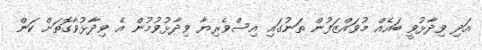
އަދި ވިދާޅުވީ ބައެއް މުވައްޒަފުން ތަނުގައި އިސްވެރިޔާ ވިދާޅުވުމުން އެ ވިދާޅުވާގޮތަށް ކަން